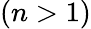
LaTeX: (n>1)